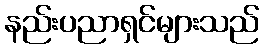
နည်းပညာရှင်များသည်